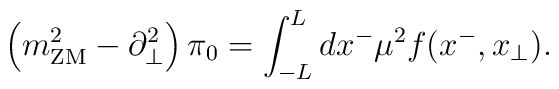
\left(m_{\rm ZM}^2-\partial^2_\perp\right)\pi_0   =\int_{-L}^L dx^- \mu^2 f(x^-, x_\perp).